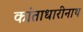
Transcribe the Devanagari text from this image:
कांताधारीनाथ